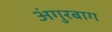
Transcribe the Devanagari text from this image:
अंगुरबाग